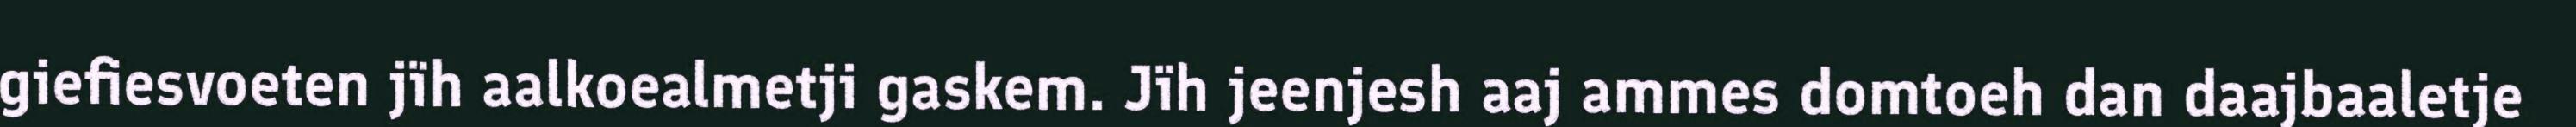
giefiesvoeten jïh aalkoealmetji gaskem. Jïh jeenjesh aaj ammes domtoeh dan daajbaaletje